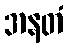
အနတံ